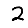
Digit: 2